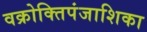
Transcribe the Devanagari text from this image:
वक्रोक्तिपंजाशिका